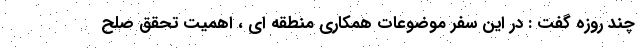
چند روزه گفت : در این سفر موضوعات همکاری منطقه ای ، اهمیت تحقق صلح